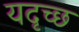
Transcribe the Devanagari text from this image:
यदृच्छ